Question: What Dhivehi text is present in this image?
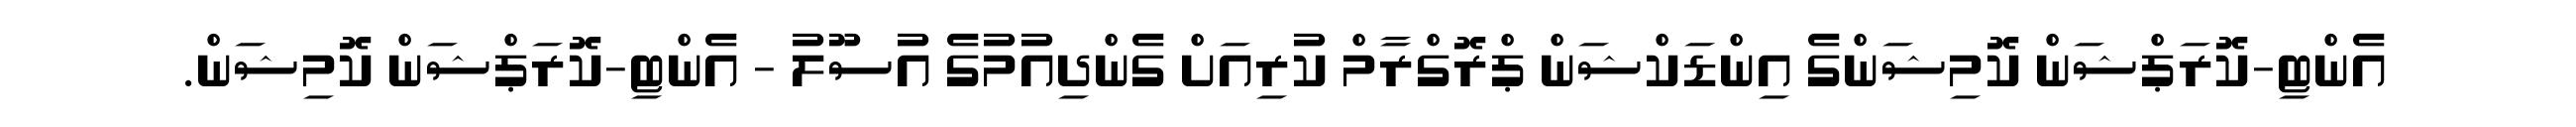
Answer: އެންޓި-ކޮރަޕްޝަން ކޮމިޝަންގެ އިންޑަކްޝަން ޕްރޮގްރާމް ކުރިއަށް ގެންދިއުމުގެ އުސޫލު - އެންޓި-ކޮރަޕްޝަން ކޮމިޝަން.